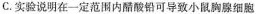
C.实验说明在一定范围内醋酸铅可导致小鼠胸腺细胞